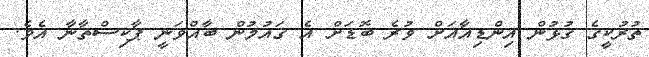
ތުރުކީގެ ގުޅުން އިންޑިއާއަށް ވުރެ ބޮޑަށް އެ ގައުމުން ބާއްވަނީ ޕާކިސްތާނާ އެވެ.